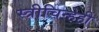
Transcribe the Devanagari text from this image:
स्त्रीचिन्हेही